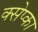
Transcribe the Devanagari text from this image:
क्सेप्का